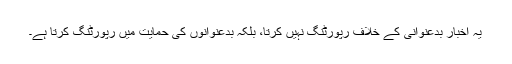
یہ اخبار بدعنوانی کے خلاف رپورٹنگ نہیں کرتا، بلکہ بدعنوانوں کی حمایت میں رپورٹنگ کرتا ہے۔